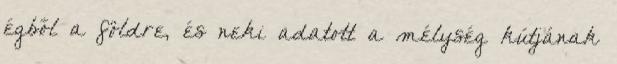
égből a földre, és neki adatott a mélység kútjának